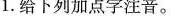
1.给下列加点字注音。